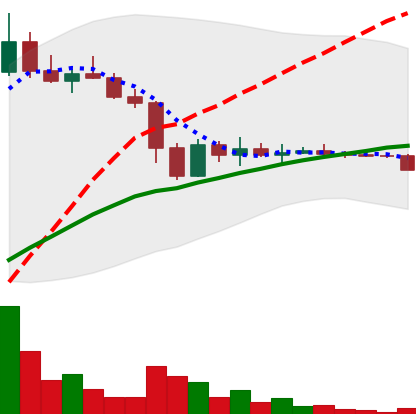
Ticker: DOGE-USD
Chart end date: 2022-11-20
Forward return: 15.939%
Label: up_7plus